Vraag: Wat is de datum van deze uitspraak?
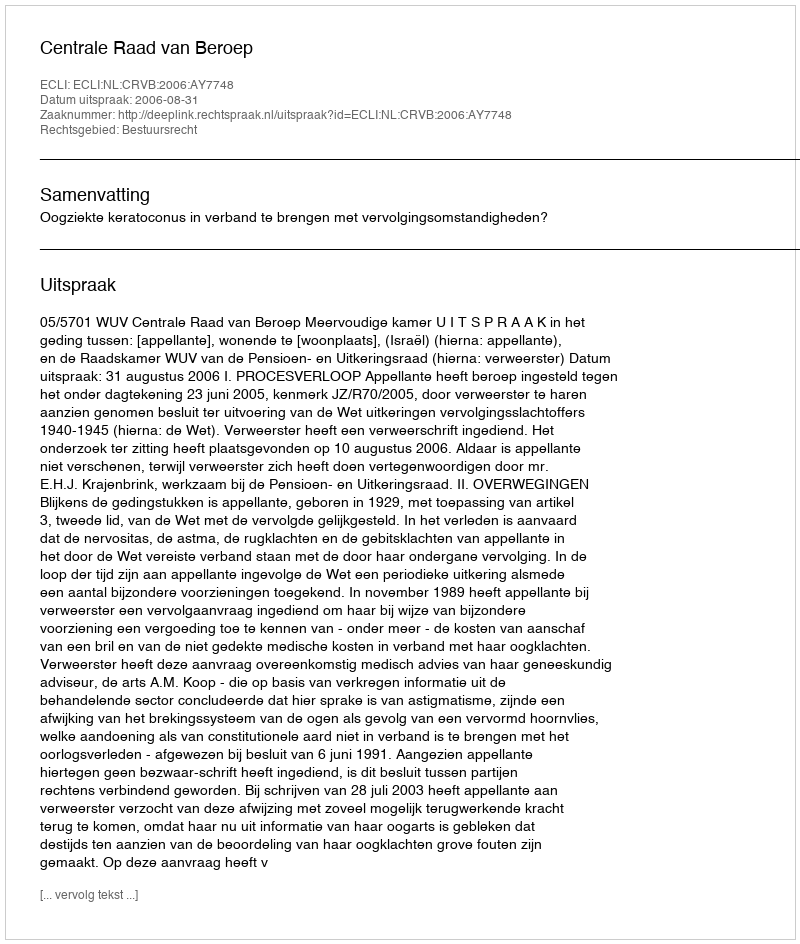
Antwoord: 2006-08-31